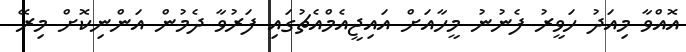
އޮއްވާ މިއަދު ހަވީރު ފެނުނު މީހާއަށް އައިޖީއެމްއެޗުގައި ފަރުވާ ދެމުން އަންނިކޮށް މިރޭ